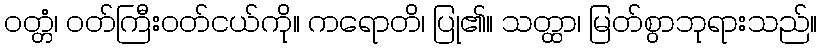
ဝတ္တံ၊ ဝတ်ကြီးဝတ်ငယ်ကို။ ကရောတိ၊ ပြု၏။ သတ္ထာ၊ မြတ်စွာဘုရားသည်။